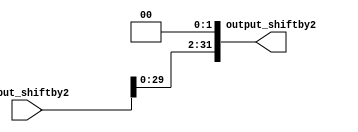
module shiftby2(input_shiftby2,output_shiftby2);
input[31:0] input_shiftby2;
output[31:0] output_shiftby2;

assign output_shiftby2 = {input_shiftby2[29:0],2'b00};

endmodule 

module test_shiftby2;
reg[31:0] input_shiftby2;
wire[31:0] output_shiftby2;

shiftby2 shift2(input_shiftby2,output_shiftby2);

initial begin
$display("in | out");
input_shiftby2 = {5'b11111,10'b0,6'b110101,11'b0};
#1000
$display("%b | %b",input_shiftby2,output_shiftby2);
end
endmodule